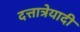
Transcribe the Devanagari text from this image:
दत्तात्रेयादी